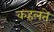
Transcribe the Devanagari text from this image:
कहलते